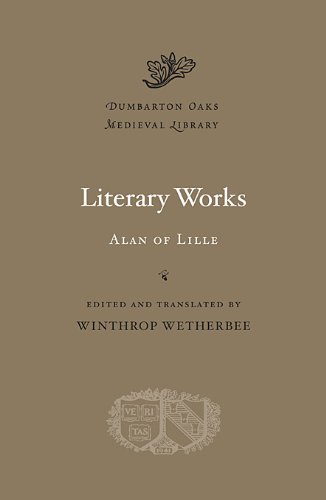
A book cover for Literary Works (Dumbarton Oaks Medieval Library); Alan of Lille; Literature & Fiction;